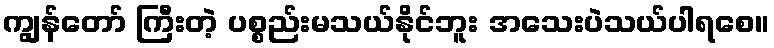
ကျွန်တော် ကြီးတဲ့ ပစ္စည်းမသယ်နိုင်ဘူး အသေးပဲသယ်ပါရစေ။